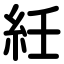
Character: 紝